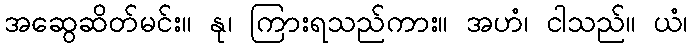
အဆွေဆိတ်မင်း။ နု၊ ကြားရသည်ကား။ အဟံ၊ ငါသည်။ ယံ၊